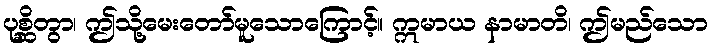
ပုစ္ဆိတွာ၊ ဤသို့မေးတော်မူသောကြောင့်။ ဣမာယ နာမာတိ၊ ဤမည်သော